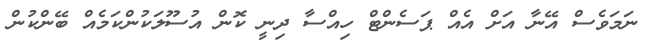
ނަމަވެސް އޭނާ އަށް އެއް ޕަސެންޓް ހިއްސާ ދިނީ ކޮން އުސޫލަކުންކަމެއް ބޭންކުން